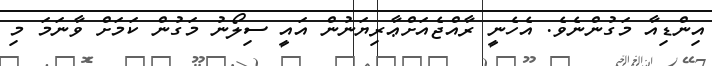
އިންޑިއާ މަގުންނެވެ. އެހެނީ ރާއްޖެއަށްޢާރިޔަނުން އައީ ސިލޯނު މަގުން ކަމަށް ވާނަމަ މި